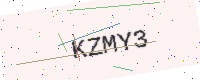
Text: KZMY3